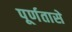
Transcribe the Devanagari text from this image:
पूर्णतासे